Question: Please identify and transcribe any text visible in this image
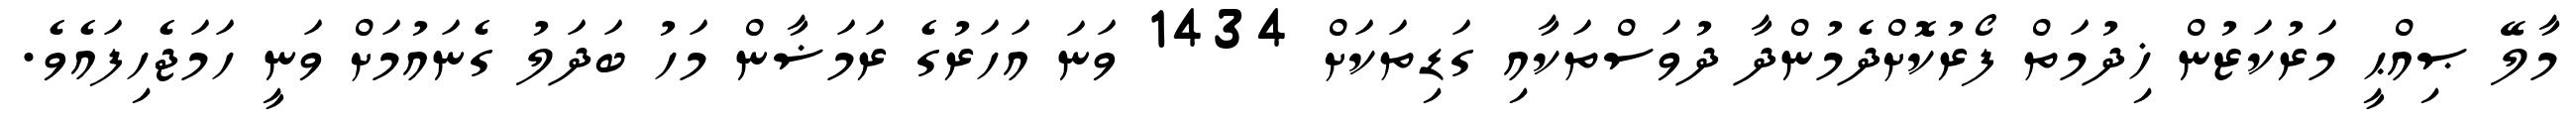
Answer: މާލޭ ޞިއްޙީ މަރުކަޒުން ޚިދުމަތް ފޯރުކޮށްދެމުންދާ ދުވަސްތަކާއި ގަޑިތަކަށް 1434 ވަނަ އަހަރުގެ ރަމަޟާން މަހު ބަދަލު ގެނައުމަށް ވަނީ ހަމަޖެހިފައެވެ.